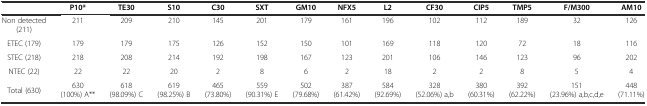
<table><thead><tr><td>[EMPTY_CELL]</td><td><b>P10*</b></td><td><b>TE30</b></td><td><b>S10</b></td><td><b>C30</b></td><td><b>SXT</b></td><td><b>GM10</b></td><td><b>NFX5</b></td><td><b>L2</b></td><td><b>CF30</b></td><td><b>CIP5</b></td><td><b>TMP5</b></td><td><b>F/M300</b></td><td><b>AM10</b></td></tr></thead><tbody><tr><td>Non detected (211)</td><td>211</td><td>209</td><td>210</td><td>145</td><td>201</td><td>179</td><td>161</td><td>196</td><td>102</td><td>112</td><td>189</td><td>32</td><td>126</td></tr><tr><td>ETEC (179)</td><td>179</td><td>179</td><td>175</td><td>126</td><td>152</td><td>150</td><td>101</td><td>169</td><td>118</td><td>120</td><td>72</td><td>18</td><td>116</td></tr><tr><td>STEC (218)</td><td>218</td><td>208</td><td>214</td><td>192</td><td>198</td><td>167</td><td>123</td><td>201</td><td>106</td><td>146</td><td>123</td><td>96</td><td>202</td></tr><tr><td>NTEC (22)</td><td>22</td><td>22</td><td>20</td><td>2</td><td>8</td><td>6</td><td>2</td><td>18</td><td>2</td><td>2</td><td>8</td><td>5</td><td>4</td></tr><tr><td>Total (630)</td><td>630 (100%) A**</td><td>618 (98.09%) C</td><td>619 (98.25%) B</td><td>465 (73.80%)</td><td>559 (90.31%) E</td><td>502 (79.68%)</td><td>387 (61.42%)</td><td>584 (92.69%)</td><td>328 (52.06%) a,b</td><td>380 (60.31%)</td><td>392 (62.22%)</td><td>151 (23.96%) a,b,c,d,e</td><td>448 (71.11%)</td></tr></tbody></table>